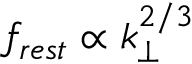
f _ { r e s t } \propto k _ { \perp } ^ { 2 / 3 }